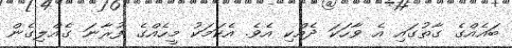
ބައެއްގެ ގާތުގައި އެ ވާހަކަ ދެއްކި އެވެ. އެކަމަކު މީހެއްގެ ފުރާނަ ގެއްލިގެން